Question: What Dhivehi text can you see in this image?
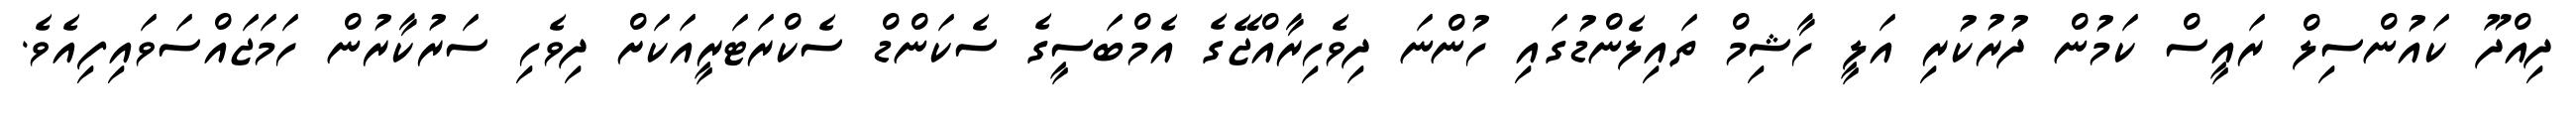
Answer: ދިއްދޫ ކައުންސިލް ރައީސް ކަމުން ދުރުކުރި އަލީ ހާޝިމް ތައިލެންޑުގައި ހުންނަ ދިވެހިރާއްޖޭގެ އެމްބަސީގެ ސެކަންޑް ސެކްރަޓަރީއަކަށް ދިވެހި ސަރުކާރުން ހަމަޖައްސަވައިފިއެވެ.